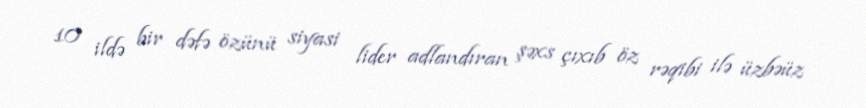
10 ildə bir dəfə özünü siyasi lider adlandıran şəxs çıxıb öz rəqibi ilə üzbəüz